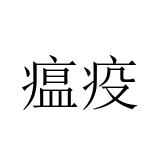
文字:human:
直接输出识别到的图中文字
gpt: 瘟疫